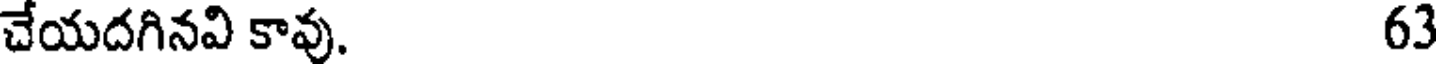
చేయదగినవి కావు. 63